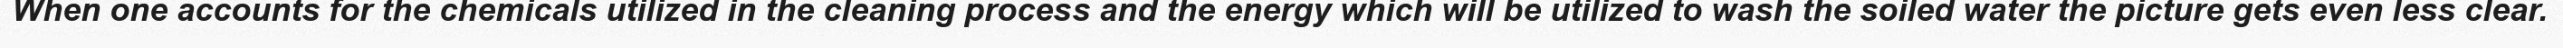
When one accounts for the chemicals utilized in the cleaning process and the energy which will be utilized to wash the soiled water the picture gets even less clear.